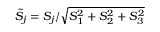
\tilde { S } _ { j } = S _ { j } / \sqrt { S _ { 1 } ^ { 2 } + S _ { 2 } ^ { 2 } + S _ { 3 } ^ { 2 } }